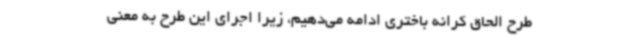
طرح الحاق کرانه باختری ادامه می‌دهیم، زیرا اجرای این طرح به معنی